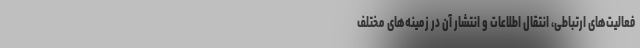
فعالیت‌های ارتباطی، انتقال اطلاعات و انتشار آن در زمینه‌های مختلف